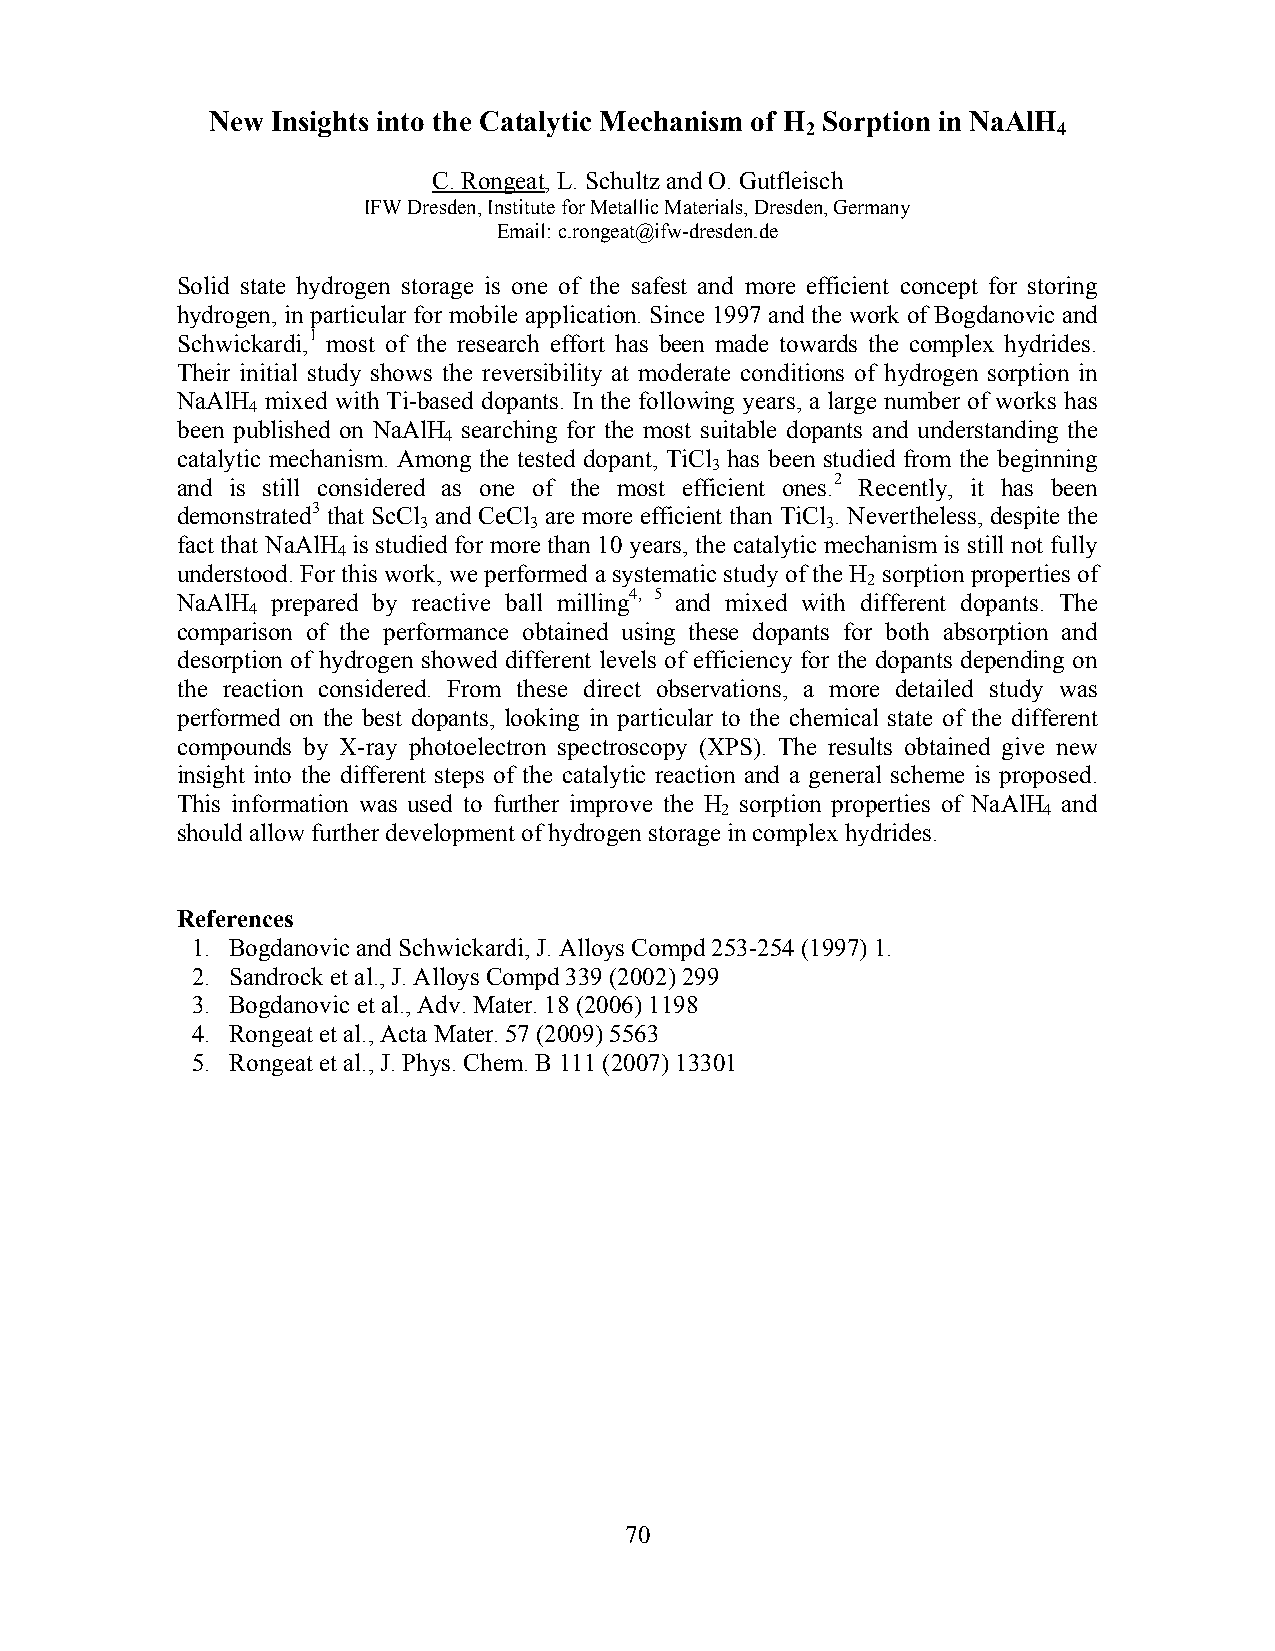
New Insights into the Catalytic Mechanism of H Sorption in NaAlH
 2                4
 C. Rongeat, L. Schultz and O. Gutfleisch
 IFW Dresden, Institute for Metallic Materials, Dresden, Germany
 Email: c.rongeat@ifw-dresden.de
 Solid state hydrogen storage is one of the safest and more efficient concept for storing
 hydrogen, in particular for mobile application. Since 1997 and the work of Bogdanovic and
 Schwickardi,1 most of the research effort has been made towards the complex hydrides.
 Their initial study shows the reversibility at moderate conditions of hydrogen sorption in
 NaAlH mixed with Ti-based dopants. In the following years, a large number of works has
 4
 been published on NaAlH searching for the most suitable dopants and understanding the
 4
 catalytic mechanism. Among the tested dopant, TiCl has been studied from the beginning
 3
 and is still considered as one of the most efficient ones.2 Recently, it has been
 demonstrated3 that ScCl and CeCl are more efficient than TiCl . Nevertheless, despite the
 3      3                   3
 fact that NaAlH is studied for more than 10 years, the catalytic mechanism is still not fully
 4
 understood. For this work, we performed a systematic study of the H sorption properties of
 2
 NaAlH prepared by reactive ball milling4, 5 and mixed with different dopants. The
 4
 comparison of the performance obtained using these dopants for both absorption and
 desorption of hydrogen showed different levels of efficiency for the dopants depending on
 the reaction considered. From these direct observations, a more detailed study was
 performed on the best dopants, looking in particular to the chemical state of the different
 compounds by X-ray photoelectron spectroscopy (XPS). The results obtained give new
 insight into the different steps of the catalytic reaction and a general scheme is proposed.
 This information was used to further improve the H sorption properties of NaAlH and
 2                    4
 should allow further development of hydrogen storage in complex hydrides.
 References
 1. Bogdanovic and Schwickardi, J. Alloys Compd 253-254 (1997) 1.
 2. Sandrock et al., J. Alloys Compd 339 (2002) 299
 3. Bogdanovic et al., Adv. Mater. 18 (2006) 1198
 4. Rongeat et al., Acta Mater. 57 (2009) 5563
 5. Rongeat et al., J. Phys. Chem. B 111 (2007) 13301
 70